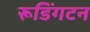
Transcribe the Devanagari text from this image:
रूडिंगटन